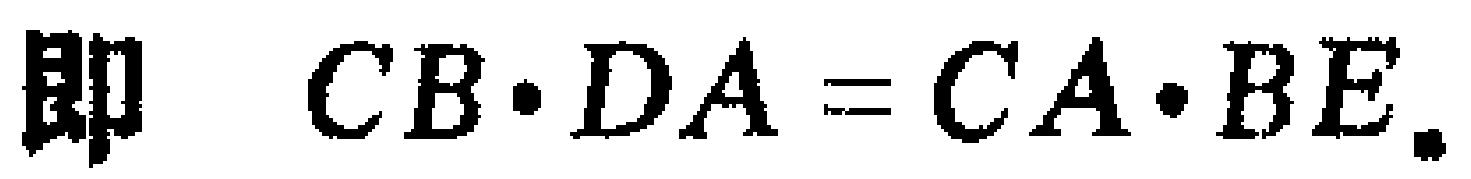
即 \(CB\cdot DA = CA\cdot BE\).